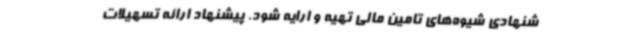
شنهادی شیوه‌های تامین مالی تهیه و ارایه شود. پیشنهاد ارائه تسهیلات